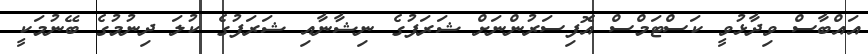
އައްބާސް ވިދާޅުވީ ކަސްޓަމްސް އޮފިސަރުންނަށް ޝަރަފުގެ ނިޝާނާއި ޝަރަފުގެ ކުލަ ދިނުމުގެ ބޭނުމަކީ